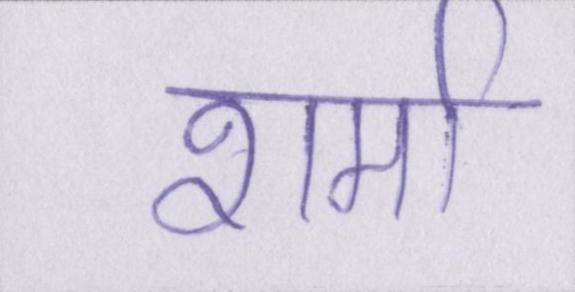
शर्मा